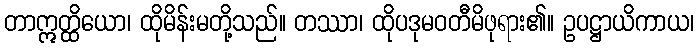
တာဣတ္ထိယော၊ ထိုမိန်းမတို့သည်။ တဿာ၊ ထိုပဒုမဝတီမိဖုရား၏။ ဥပဋ္ဌာယိကာယ၊